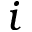
i